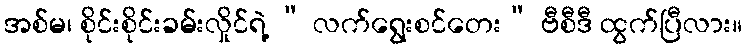
အစ်မ၊ စိုင်းစိုင်းခမ်းလှိုင်ရဲ့ “ လက်ရွေးစင်တေး” ဗီစီဒီ ထွက်ပြီလား။